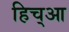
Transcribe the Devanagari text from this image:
हिच्आ